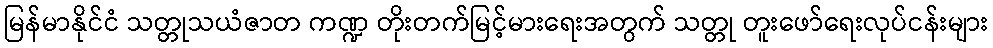
မြန်မာနိုင်ငံ သတ္တုသယံဇာတ ကဏ္ဍ တိုးတက်မြင့်မားရေးအတွက် သတ္တု တူးဖော်ရေးလုပ်ငန်းများ